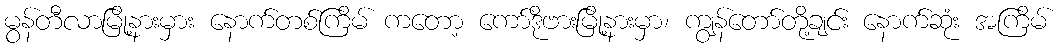
မွန်တီလာမြို့နားမှား နောက်တစ်ကြိမ် ကတော့ ကော်ဒိုဗားမြို့နားမှာ၊ ကျွန်တော်တို့ချင်း နောက်ဆုံး အကြိမ်